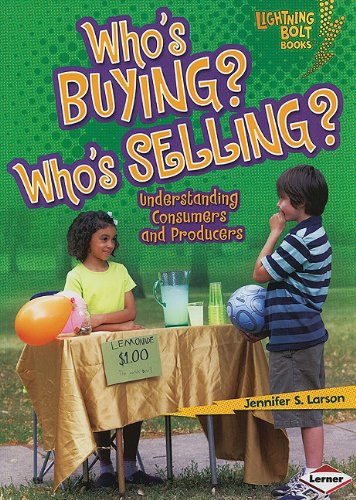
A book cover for Who's Buying? Who's Selling?: Understanding Consumers and Producers (Lightning Bolt Books: Exploring Economics); Jennifer S. Larson; Children's Books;